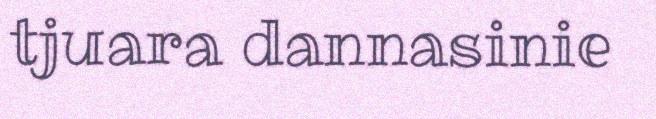
tjuara dannasinie